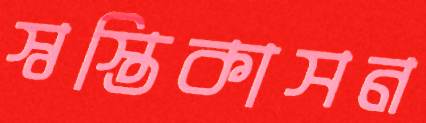
স্বস্তিকাসন